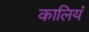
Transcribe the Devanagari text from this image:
कालियं